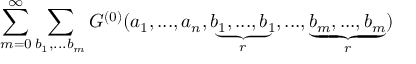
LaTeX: \sum _ { m = 0 } ^ { \infty } \sum _ { b _ { 1 } , . . . b _ { m } } { G } ^ { ( 0 ) } ( a _ { 1 } , . . . , a _ { n } , \underbrace { b _ { 1 } , . . . , b _ { 1 } } _ { r } , . . . , \underbrace { b _ { m } , . . . , b _ { m } } _ { r } )